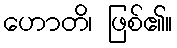
ဟောတိ၊ ဖြစ်၏။